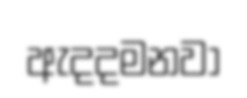
ඇදදමනවා